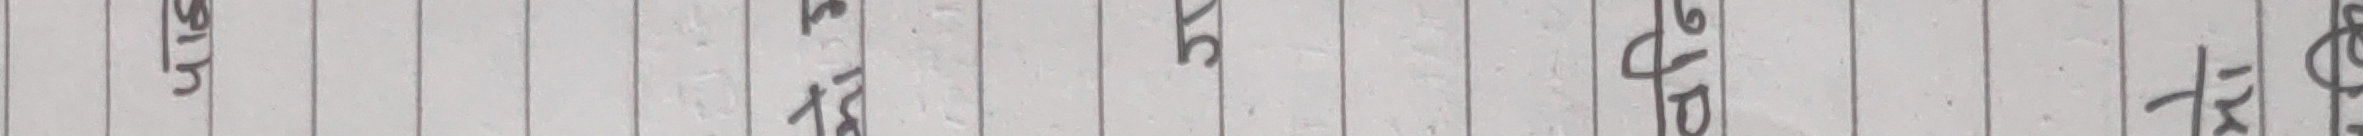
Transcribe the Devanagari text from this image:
शि. ज. सि. १/७६